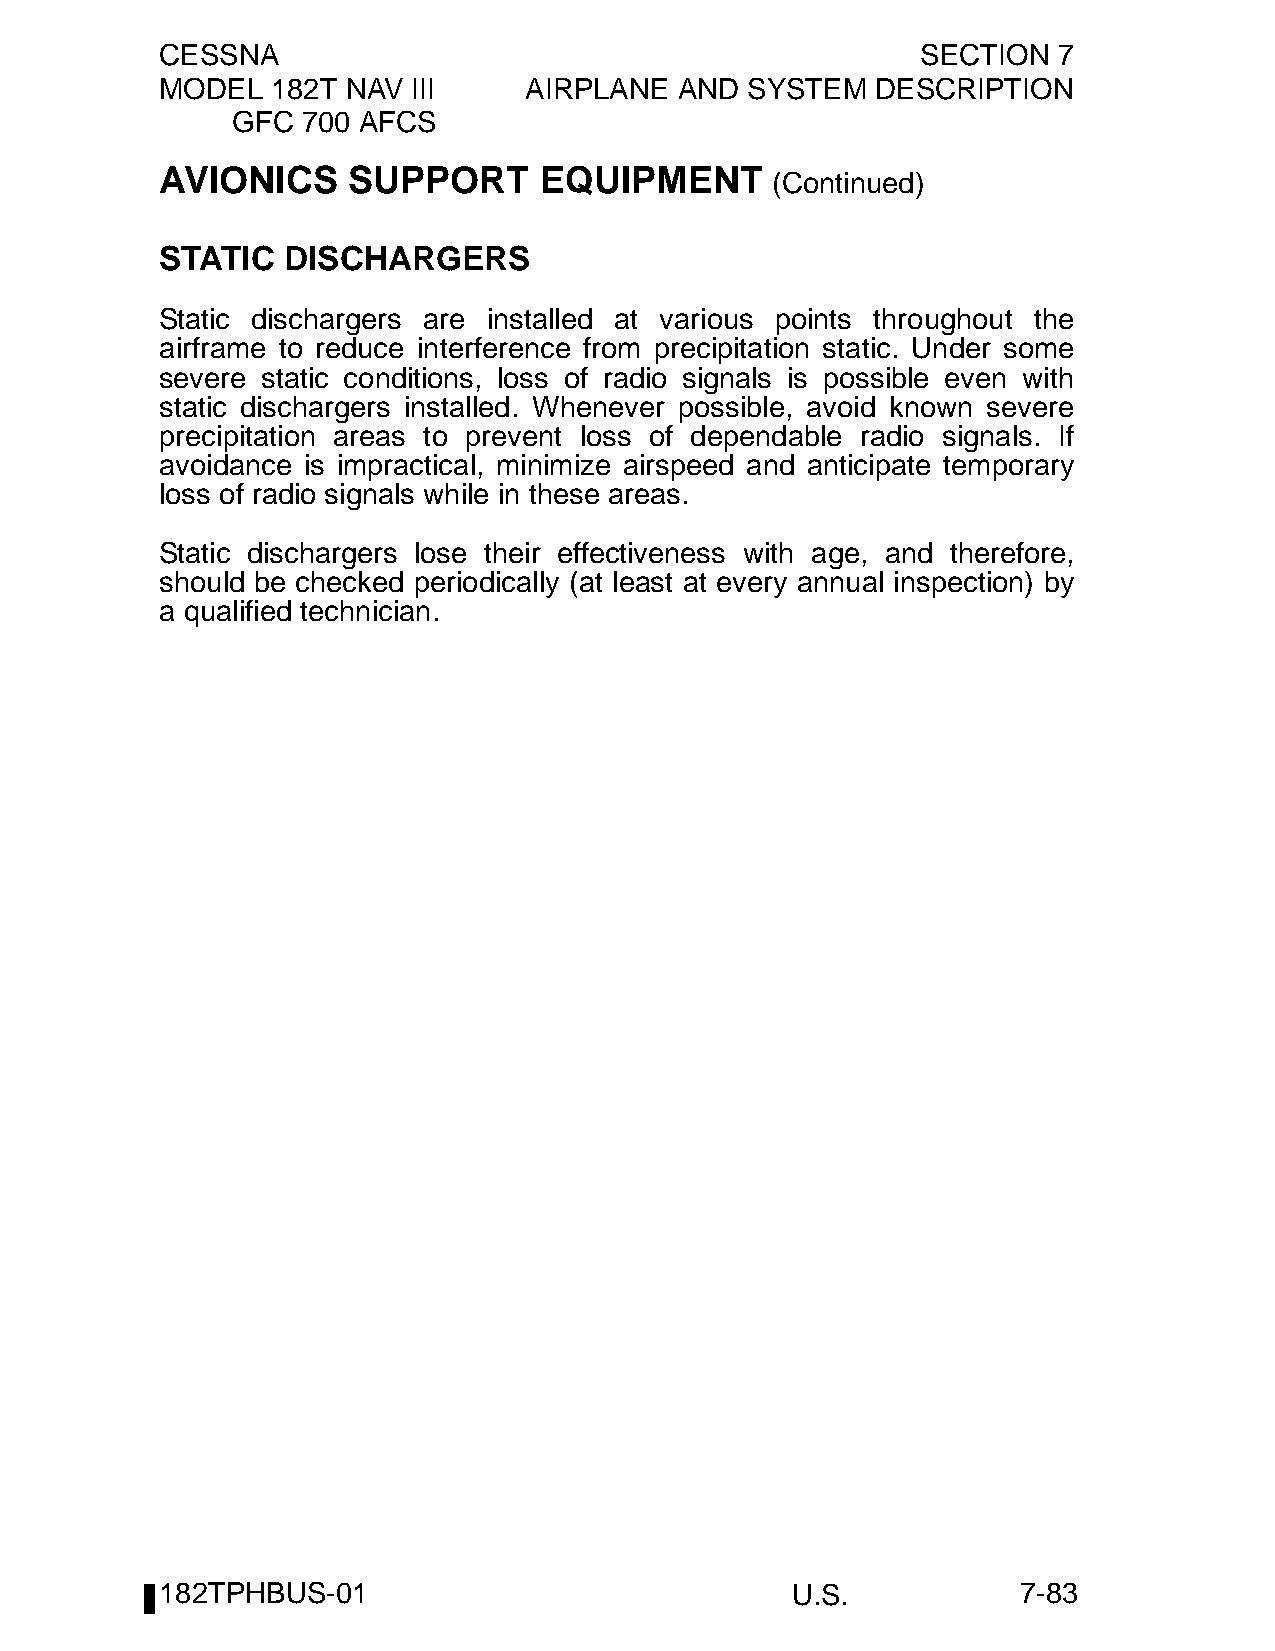
CESSNA                                            SECTION  7
 MODEL  182T NAV III     AIRPLANE  AND SYSTEM   DESCRIPTION
 GFC  700 AFCS
 AVIONICS    SUPPORT      EQUIPMENT
 (Continued)
 STATIC  DISCHARGERS
 Static dischargers are installed at various points throughout the
 airframe to reduce interference from precipitation static. Under some
 severe static conditions, loss of radio signals is possible even with
 static dischargers installed. Whenever possible, avoid known severe
 precipitation areas to prevent loss of dependable radio signals. If
 avoidance is impractical, minimize airspeed and anticipate temporary
 loss of radio signals while in these areas.
 Static dischargers lose their effectiveness with age, and therefore,
 should be checked periodically (at least at every annual inspection) by
 a qualified technician.
 182TPHBUS-01                             U.S.            7-83